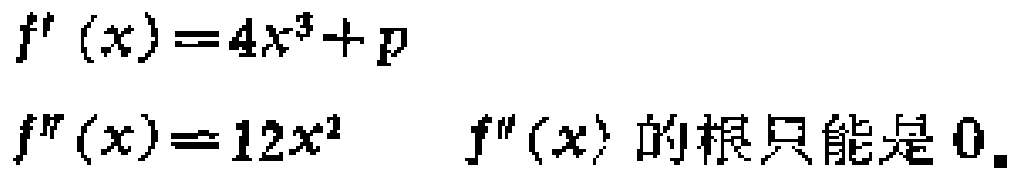
\[
\begin{align*}
f^{\prime}(x)&=4x^{3}+p\\
f^{\prime\prime}(x)&=12x^{2}\quad f^{\prime\prime}(x)\text{ 的根只能是 }0.
\end{align*}
\]